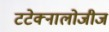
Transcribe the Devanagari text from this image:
टटेक्नालोजीज